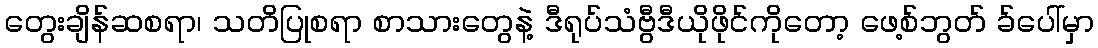
တွေးချိန်ဆစရာ၊ သတိပြုစရာ စာသားတွေနဲ့ ဒီရုပ်သံဗွီဒီယိုဖိုင်ကိုတော့ ဖေ့စ်ဘွတ် ခ်ပေါ်မှာ